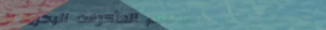
مطعم المأكولات البحرية ال